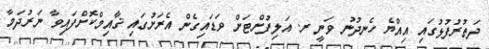
ދަތުރުފުޅުގައި އިއްޔެ ހެނދުނު ވަނީ ރ. އަލިފުށްޓަށް ވަޑައިގެން އެރަށުގައި ޤާއިމްކޮށްފައިވާ ނަރުދަމާ